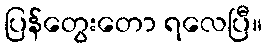
ပြန်တွေးတော ရလေပြီ။